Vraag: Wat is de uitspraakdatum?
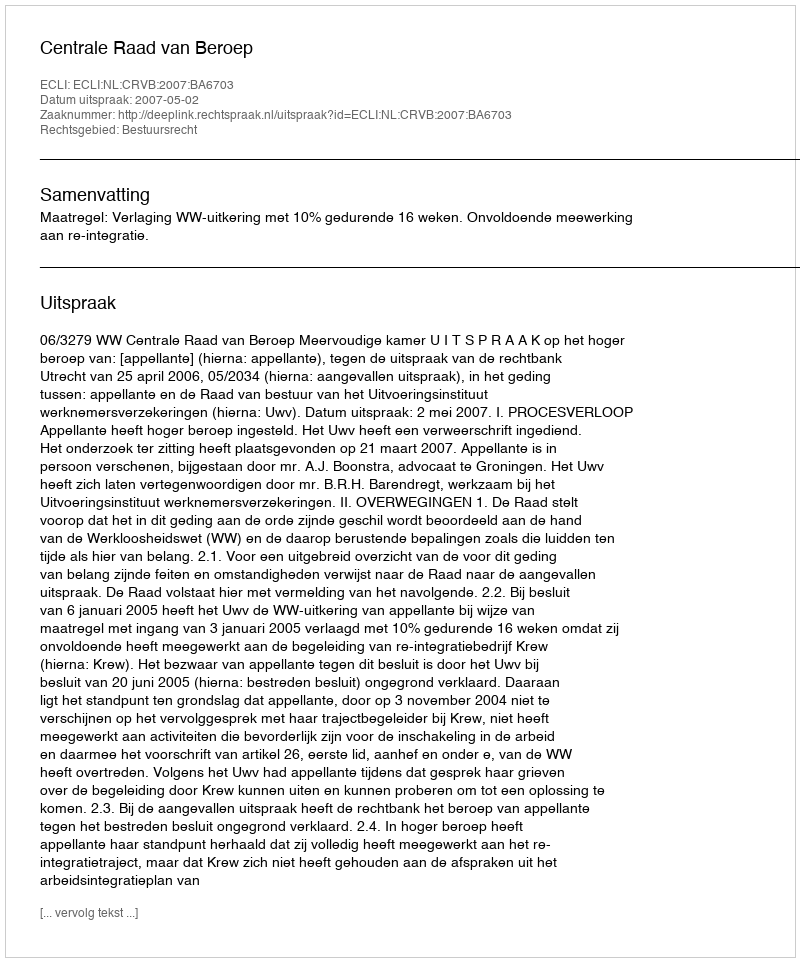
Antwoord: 2007-05-02